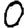
Digit: 0